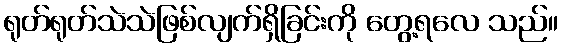
ရုတ်ရုတ်သဲသဲဖြစ်လျက်ရှိခြင်းကို တွေ့ရလေ သည်။